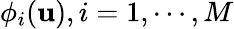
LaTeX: \phi_{i}(\mathbf{u}),i=1,\cdots,M